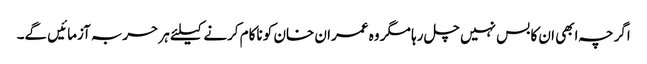
اگرچہ ابھی ان کا بس نہیں چل رہا مگر وہ عمران خان کو ناکام کرنے کیلئے ہر حربہ آزمائیں گے۔